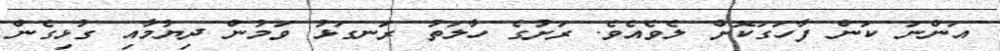
އަންނަ ކަން ފާހަގަކޮށް ލެވެއެވެ. ރަށުގެ ހާލަތު ރަނގަޅު ވަމުން ދިޔުމާއި ގުޅިގެން